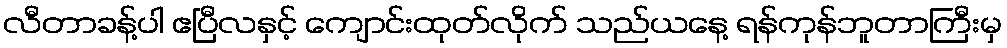
လီတာခန့်ပါ ဧပြီလနှင့် ကျောင်းထုတ်လိုက် သည်ယနေ့ ရန်ကုန်ဘူတာကြီးမှ